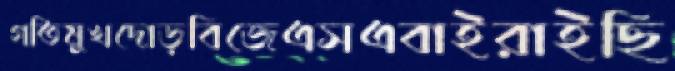
গতিমুখদোড়বিজেএসএবাইরাইছি